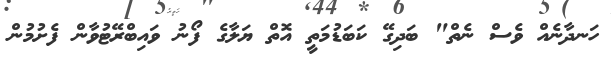
ހަނދާނެއް ވެސް ނެތް" ބަދިގޭ ކަބަޑުމަތީ އޮތް ޔަލާގެ ފޯނު ވައިބްރޭޓުވާން ފެށުމުން